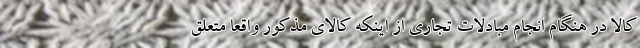
کالا در هنگام انجام مبادلات تجاری از اینکه کالای مذکور واقعا متعلق